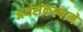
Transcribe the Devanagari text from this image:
अर्थसंकल्पाने